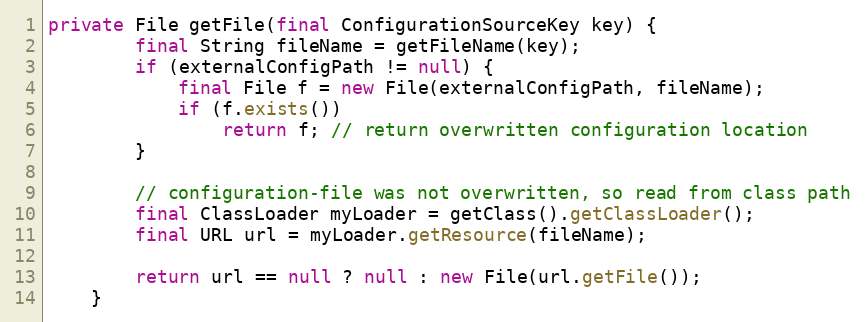
Language: Java
private File getFile(final ConfigurationSourceKey key) {
		final String fileName = getFileName(key);
		if (externalConfigPath != null) {
			final File f = new File(externalConfigPath, fileName);
			if (f.exists())
				return f; // return overwritten configuration location
		}

		// configuration-file was not overwritten, so read from class path
		final ClassLoader myLoader = getClass().getClassLoader();
		final URL url = myLoader.getResource(fileName);

		return url == null ? null : new File(url.getFile());
	}